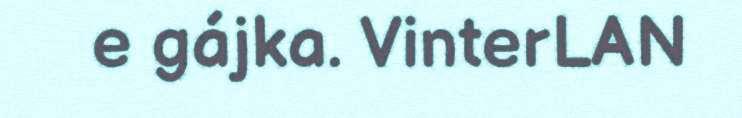
e gájka. VinterLAN